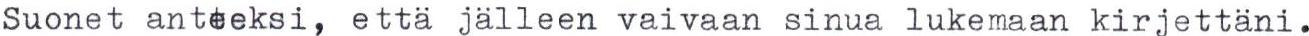
Suonet anteeksi, että jälleen vaivaan sinua lukemaan kirjettäni.